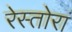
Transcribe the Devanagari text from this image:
रेस्तोरां